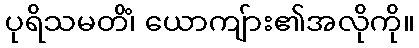
ပုရိသမတိံ၊ ယောကျ်ား၏အလိုကို။